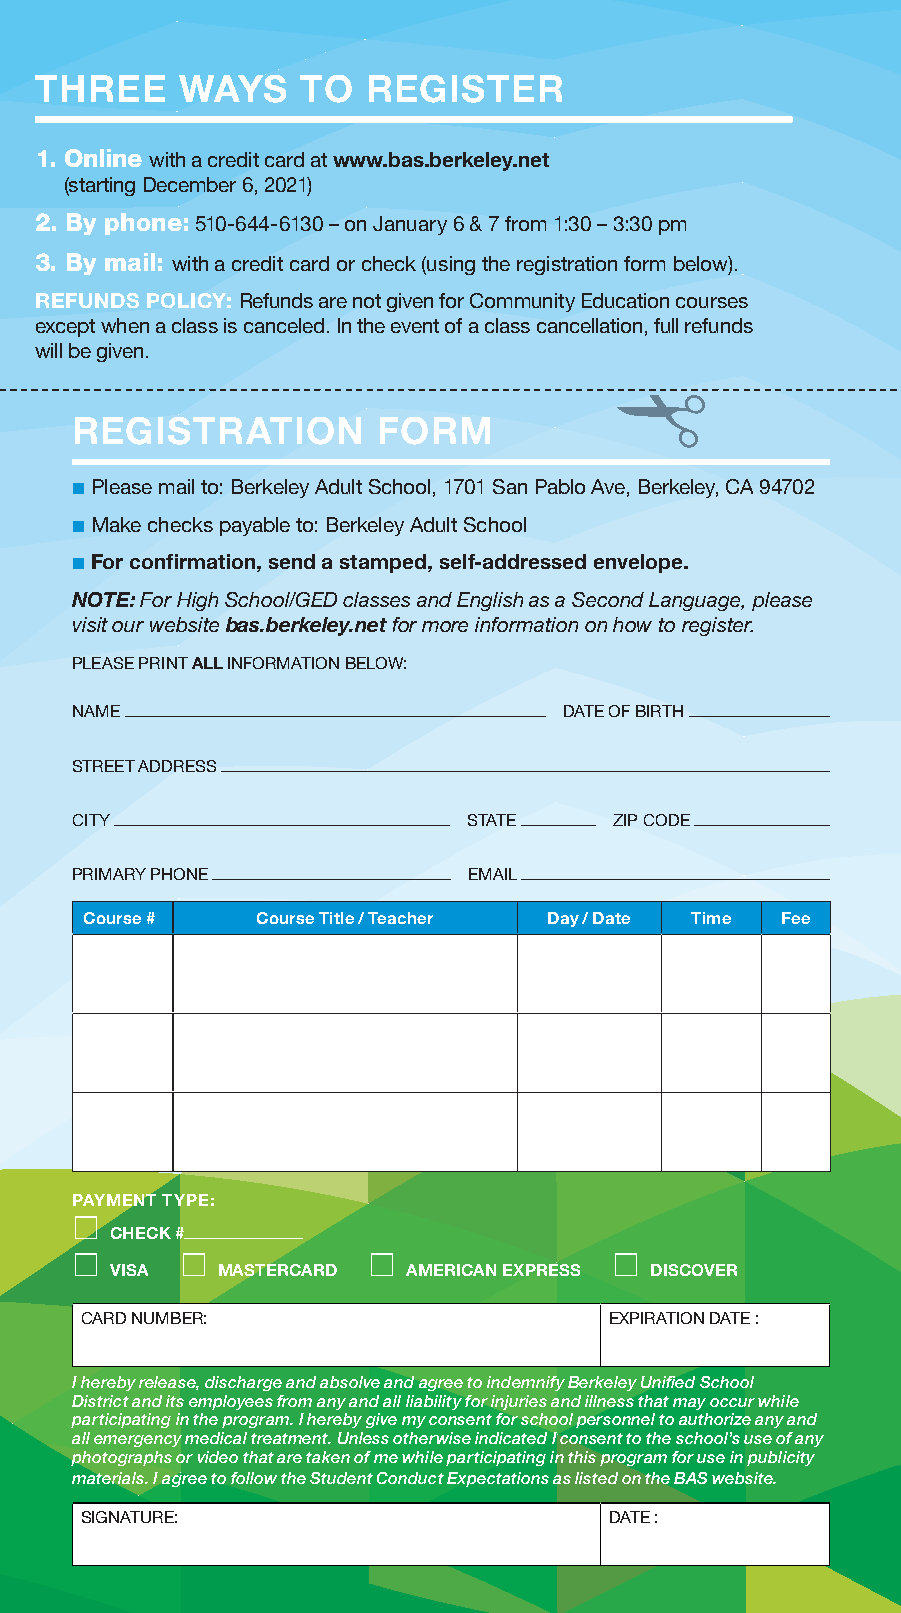
THREE     WAYS    TO  REGISTER
 1. Online with a credit card at www.bas.berkeley.net
 (starting December 6, 2021)
 2. By phone: 510-644-6130 – on January 6 & 7 from 1:30 – 3:30 pm
 3. By mail: with a credit card or check (using the registration form below).
 REFUNDS POLICY: Refunds are not given for Community Education courses
 except when a class is canceled. In the event of a class cancellation, full refunds
 will be given.
 REGISTRATION        FORM
 ■ Please mail to: Berkeley Adult School, 1701 San Pablo Ave, Berkeley, CA 94702
 ■ Make checks payable to: Berkeley Adult School
 ■ For confirmation, send a stamped, self-addressed envelope.
 NOTE: For High School/GED classes and English as a Second Language, please
 visit our website bas.berkeley.net for more information on how to register.
 PLEASE PRINT ALL INFORMATION BELOW:
 NAME                            DATE OF BIRTH
 STREET ADDRESS
 CITY                      STATE     ZIP CODE
 PRIMARY PHONE             EMAIL
 Course #   Course Title / Teacher Day / Date Time Fee
 PAYMENT TYPE:
 ⎕
 CHECK #
 ⎕      ⎕           ⎕               ⎕
 VISA   MASTERCARD   AMERICAN EXPRESS DISCOVER
 CARD NUMBER:                       EXPIRATION DATE :
 I hereby release, discharge and absolve and agree to indemnify Berkeley Unified School
 District and its employees from any and all liability for injuries and illness that may occur while
 participating in the program. I hereby give my consent for school personnel to authorize any and
 all emergency medical treatment. Unless otherwise indicated I consent to the school’s use of any
 photographs or video that are taken of me while participating in this program for use in publicity
 materials. I agree to follow the Student Conduct Expectations as listed on the BAS website.
 SIGNATURE:                         DATE :